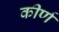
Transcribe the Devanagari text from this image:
कीर्ण